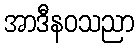
အာဒီနဝသညာ